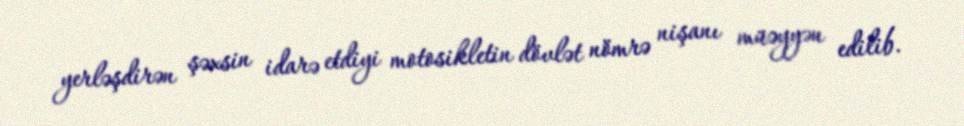
yerləşdirən şəxsin idarə etdiyi motosikletin dövlət nömrə nişanı müəyyən edilib.